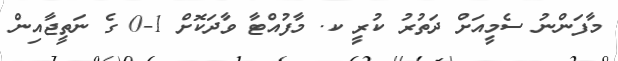
މާފަންނު ސެމީއަށް ދަތުރު ކުރީ ކ. މާފުއްޓާ ވާދަކޮށް 1-0 ގެ ނަތީޖާއިން